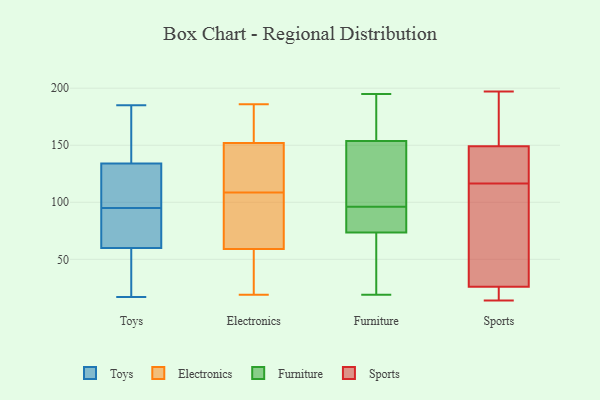
{"axis": {"x": "Conversion Rate (%)", "y": "Value"}, "legend": ["Electronics", "Furniture", "Sports", "Toys"], "data": [{"x": "", "y": 180, "type": "Toys"}, {"x": "", "y": 69, "type": "Toys"}, {"x": "", "y": 17, "type": "Toys"}, {"x": "", "y": 105, "type": "Toys"}, {"x": "", "y": 131, "type": "Toys"}, {"x": "", "y": 185, "type": "Toys"}, {"x": "", "y": 22, "type": "Toys"}, {"x": "", "y": 60, "type": "Toys"}, {"x": "", "y": 85, "type": "Toys"}, {"x": "", "y": 130, "type": "Toys"}, {"x": "", "y": 134, "type": "Toys"}, {"x": "", "y": 38, "type": "Toys"}, {"x": "", "y": 150, "type": "Toys"}, {"x": "", "y": 63, "type": "Toys"}, {"x": "", "y": 91, "type": "Electronics"}, {"x": "", "y": 59, "type": "Electronics"}, {"x": "", "y": 112, "type": "Electronics"}, {"x": "", "y": 186, "type": "Electronics"}, {"x": "", "y": 110, "type": "Electronics"}, {"x": "", "y": 122, "type": "Electronics"}, {"x": "", "y": 152, "type": "Electronics"}, {"x": "", "y": 107, "type": "Electronics"}, {"x": "", "y": 26, "type": "Electronics"}, {"x": "", "y": 27, "type": "Electronics"}, {"x": "", "y": 86, "type": "Electronics"}, {"x": "", "y": 173, "type": "Electronics"}, {"x": "", "y": 170, "type": "Electronics"}, {"x": "", "y": 19, "type": "Electronics"}, {"x": "", "y": 24, "type": "Furniture"}, {"x": "", "y": 144, "type": "Furniture"}, {"x": "", "y": 71, "type": "Furniture"}, {"x": "", "y": 107, "type": "Furniture"}, {"x": "", "y": 157, "type": "Furniture"}, {"x": "", "y": 81, "type": "Furniture"}, {"x": "", "y": 195, "type": "Furniture"}, {"x": "", "y": 159, "type": "Furniture"}, {"x": "", "y": 86, "type": "Furniture"}, {"x": "", "y": 96, "type": "Furniture"}, {"x": "", "y": 19, "type": "Furniture"}, {"x": "", "y": 197, "type": "Sports"}, {"x": "", "y": 119, "type": "Sports"}, {"x": "", "y": 14, "type": "Sports"}, {"x": "", "y": 23, "type": "Sports"}, {"x": "", "y": 141, "type": "Sports"}, {"x": "", "y": 158, "type": "Sports"}, {"x": "", "y": 114, "type": "Sports"}, {"x": "", "y": 149, "type": "Sports"}, {"x": "", "y": 50, "type": "Sports"}, {"x": "", "y": 26, "type": "Sports"}]}